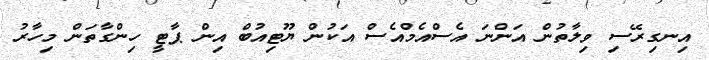
އިނގިރޭސި ވިލާތުން އަންނަ އެސްއެމްއެސް އަކުން ޔޫޓިއުބް އިން ޕާޓީ ހިންގާތަން މިހާރު